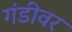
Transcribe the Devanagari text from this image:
गंडीवर